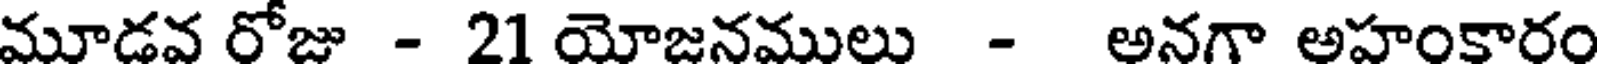
మూడవ రోజు - 21 యోజనములు - అనగా అహంకారం